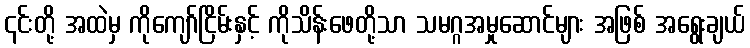
၎င်းတို့ အထဲမှ ကိုကျော်ငြိမ်းနှင့် ကိုသိန်းဖေတို့သာ သမဂ္ဂအမှုဆောင်များ အဖြစ် အရွေးချယ်